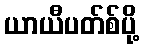
ယာယီပတ်စ်ပို့